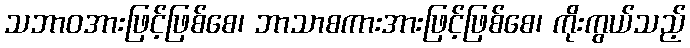
သဘာဝအားဖြင့်ဖြစ်စေ၊ ဘာသာစကားအားဖြင့်ဖြစ်စေ၊ ကိုးကွယ်သည့်